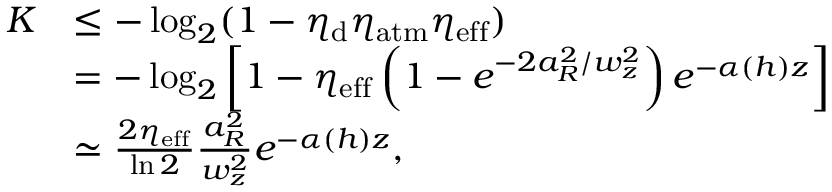
\begin{array} { r l } { K } & { \leq - \log _ { 2 } ( 1 - \eta _ { \mathrm { d } } \eta _ { \mathrm { a t m } } \eta _ { \mathrm { e f f } } ) } \\ & { = - \log _ { 2 } \left[ 1 - \eta _ { \mathrm { e f f } } \left( 1 - e ^ { - 2 a _ { R } ^ { 2 } / w _ { z } ^ { 2 } } \right) e ^ { - \alpha ( h ) z } \right] } \\ & { \simeq \frac { 2 \eta _ { \mathrm { e f f } } } { \ln 2 } \frac { a _ { R } ^ { 2 } } { w _ { z } ^ { 2 } } e ^ { - \alpha ( h ) z } , } \end{array}